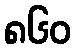
၈၆၀